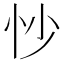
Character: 𫹶